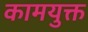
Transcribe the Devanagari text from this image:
कामयुक्त